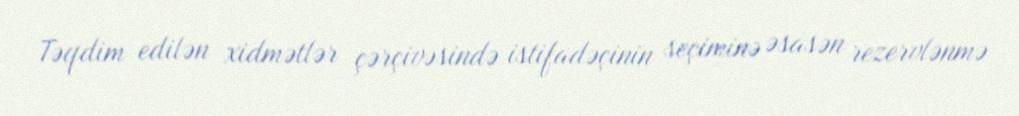
Təqdim edilən xidmətlər çərçivəsində istifadəçinin seçiminə əsasən rezervlənmə